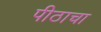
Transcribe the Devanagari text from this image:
पीठाचा